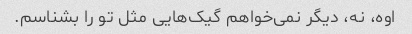
اوه، نه، دیگر نمی‌خواهم گیک‌هایی مثل تو را بشناسم.